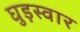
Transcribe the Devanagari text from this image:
घुड़स्वार